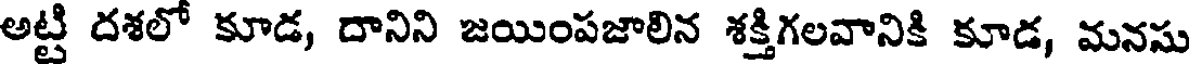
అట్టి దశలో కూడ, దానిని జయింపజాలిన శక్తిగలవానికి కూడ, మనసు